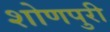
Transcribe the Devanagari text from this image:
शोणपुरी